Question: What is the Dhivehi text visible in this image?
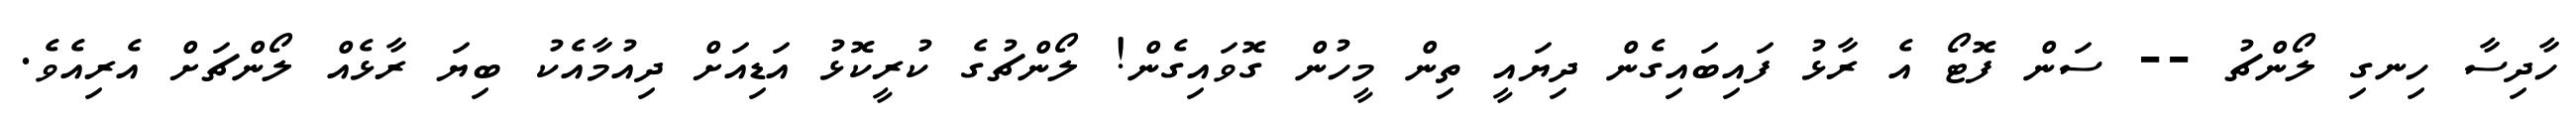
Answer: ހާދިސާ ހިނގި ލޯންޗު -- ސަން ފޮޓޯ އެ ރާޅު ފައިބައިގެން ދިޔައީ ތިން މީހުން ގޮވައިގެން! ލޯންޗުގެ ކުރީކޮޅު އަޑިއަށް ދިއުމާއެކު ބިޔަ ރާޅެއް ލޯންޗަށް އެރިއެވެ.